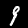
Label: 9